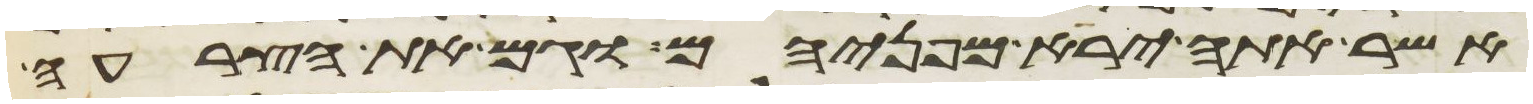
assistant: אשר אתה ירא מפניהם וגם את הצרעה